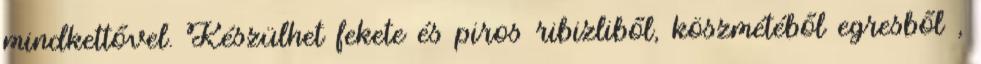
mindkettővel. Készülhet fekete és piros ribizliből, köszmétéből egresből ,